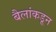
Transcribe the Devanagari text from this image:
बैलांकडून